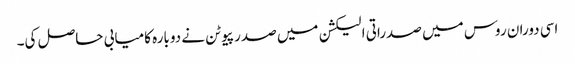
اسی دوران روس میں صدراتی الیکشن میں صدر پیوٹن نے دوبارہ کامیابی حاصل کی۔